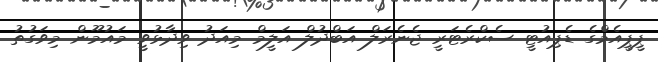
ޕީޕީއެމްގެ ޑެޕިއުޓީ ސެކްރެޓަރީ ޖެނެރަލް އަބްދުލް އަލީމް މިއަދު ވިދާޅުވީ މައުމޫން މިވަގުތު